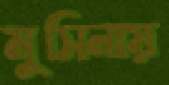
মুসিনায়